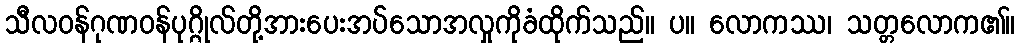
သီလဝန်ဂုဏဝန်ပုဂ္ဂိုလ်တို့အားပေးအပ်သောအလှုကိုခံထိုက်သည်။ ပ။ လောကဿ၊ သတ္တလောက၏။